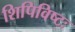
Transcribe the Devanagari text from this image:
शिपिविष्टः